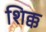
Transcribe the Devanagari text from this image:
शिक्क